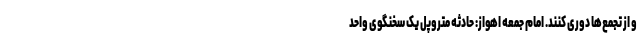
و از تجمع‌ها دوری کنند. امام جمعه اهواز: حادثه متروپل یک سخنگوی واحد